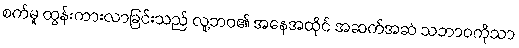
စက်မှု ထွန်းကားလာခြင်းသည် လူ့ဘဝ၏ အနေအထိုင် အဆက်အဆံ သဘာဝကိုသာ